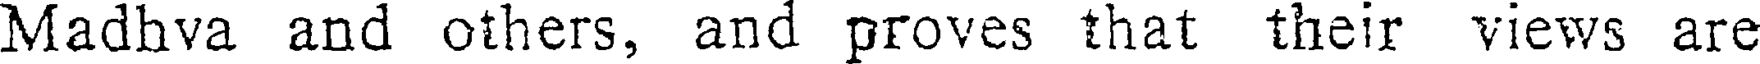
Madhva and others, and proves that their views are